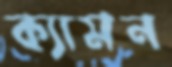
ক্যামন